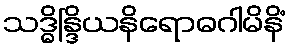
သဒ္ဓိန္ဒြိယနိရောဓဂါမိနိံ